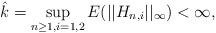
LaTeX: \begin{align*}\hat k =\sup_{n\ge 1,i=1,2}E(||H_{n,i}||_{\infty})< \infty, \end{align*}